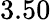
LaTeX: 3.50